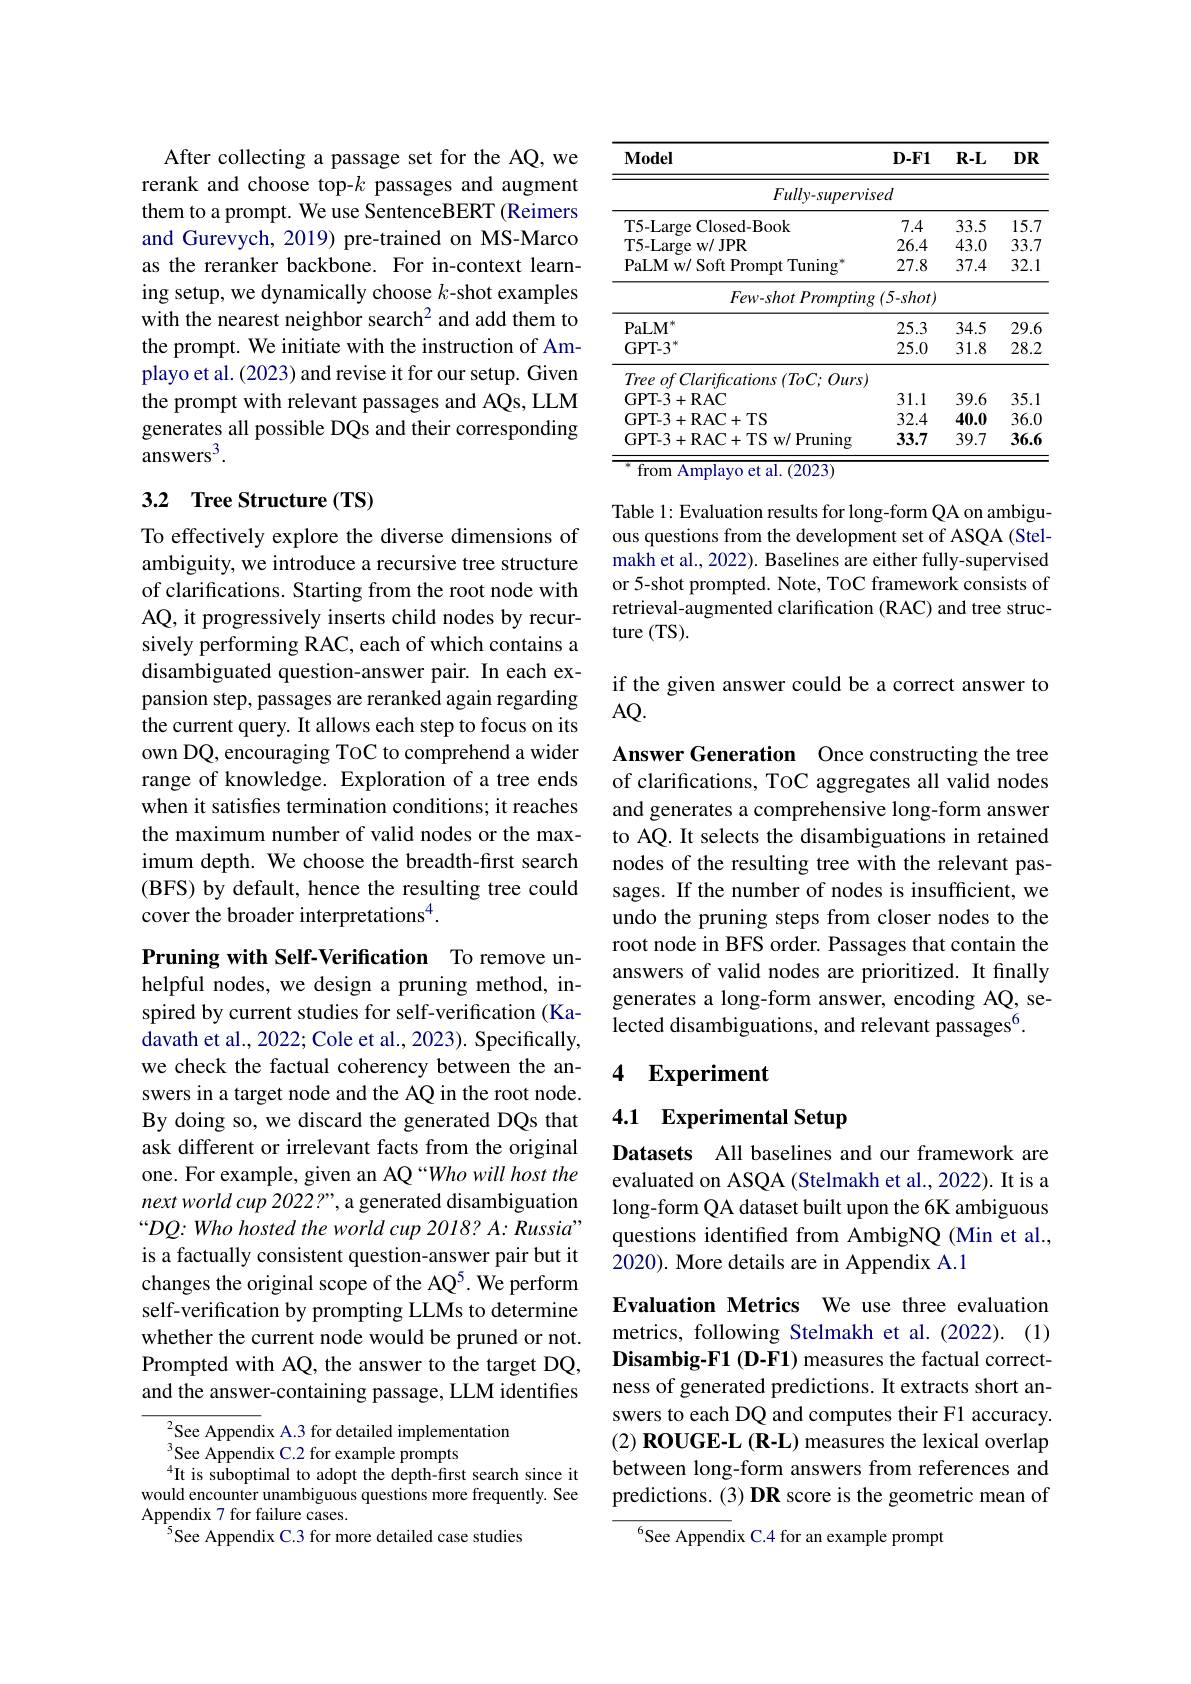
After collecting a passage set for the AQ, we rerank and choose top-$k$ passages and augment them to a prompt. We use SentenceBERT (Reimers and Gurevych, 2019) pre-trained on MS-Marco as the reranker backbone. For in-context learning setup, we dynamically choose $k$-shot examples with the nearest neighbor search$^2$ and add them to the prompt. We initiate with the instruction of Amplayo et al. (2023) and revise it for our setup. Given the prompt with relevant passages and AQs, LLM generates all possible DQs and their corresponding $\mathrm{answers}^{3}.$

### 3.2 Tree Structure(TS)

To effectively explore the diverse dimensions of ambiguity, we introduce a recursive tree structure of clarifications. Starting from the root node with AQ, it progressively inserts child nodes by recursively performing RAC, each of which contains a disambiguated question-answer pair. In each expansion step, passages are reranked again regarding the current query. It allows each step to focus on its own DQ, encouraging ToC to comprehend a wider range of knowledge. Exploration of a tree ends when it satisfies termination conditions; it reaches the maximum number of valid nodes or the maximum depth. We choose the breadth-first search (BFS) by default, hence the resulting tree could cover the broader interpretations$^{4}.$

Pruning with Self-Verification To remove unhelpful nodes, we design a pruning method, inspired by current studies for self-verification (Kadavath et al., 2022; Cole et al., 2023). Specifically, we check the factual coherency between the answers in a target node and the AQ in the root node. By doing so, we discard the generated DQs that ask different or irrelevant facts from the original one. For example, given an AQ “Who will host the next world cup 2022?", a generated disambiguation “DQ: Who hosted the world cup 2018? A: Russia" is a factually consistent question-answer pair but it changes the original scope of the AQ5. We perform self-verification by prompting LLMs to determine whether the current node would be pruned or not. Prompted with AQ, the answer to the target DQ, and the answer-containing passage, LLM identifies

$^{2}$See Appendix A.3 for detailed implementation
$^{3}$See Appendix C.2 for example prompts
$^{4}$It is suboptimal to adopt the depth-first search since it would encounter unambiguous questions more frequently. See Appendix 7 for failure cases.
See Appendix C.3 for more detailed case studies

<table>
	<tbody>
		<tr>
			<th>$\mathbf{Model}$</th>
			<th>$D-F1$</th>
			<th>$R-L$</th>
			<th>$DR$</th>
		</tr>
		<tr>
			<td>$Fully-supervi$</td>
			<td>sed</td>
			<td> </td>
			<td> </td>
		</tr>
		<tr>
			<td>T5-Large {:}Closed-Book</td>
			<td>7.4</td>
			<td>33.5</td>
			<td>15.7</td>
		</tr>
		<tr>
			<td>T5-Large w/JPR</td>
			<td>26.4</td>
			<td>43.0</td>
			<td>33.7</td>
		</tr>
		<tr>
			<td>PaLM w/ Soft Prompt Tuning</td>
			<td>27.8</td>
			<td>37.4</td>
			<td>32.1</td>
		</tr>
		<tr>
			<td>$Few- shot$ Prompting</td>
			<td>$g\left(5-shot\right)$</td>
			<td> </td>
			<td> </td>
		</tr>
		<tr>
			<td>$\mathbf{PaLM}^{*}$</td>
			<td>25.3</td>
			<td>34.5</td>
			<td>29.6</td>
		</tr>
		<tr>
			<td>$\mathrm{GPT-3}^{*}$</td>
			<td>25.0</td>
			<td>31.8</td>
			<td>28.2</td>
		</tr>
		<tr>
			<td>Tree of Clarifications $(ToC;Ours)$</td>
			<td> </td>
			<td> </td>
			<td> </td>
		</tr>
		<tr>
			<td>GPT- 3+ RAC</td>
			<td>31.1</td>
			<td>39.6</td>
			<td>35.1</td>
		</tr>
		<tr>
			<td>GPT- 3+ RAC+ TS</td>
			<td>32.4</td>
			<td>40.0</td>
			<td>36.0</td>
		</tr>
		<tr>
			<td>GPT-3+RAC+TS w/ Pruning</td>
			<td>33.7</td>
			<td>39.7</td>
			<td>36.6</td>
		</tr>
	</tbody>
</table>

Table 1: Evaluation results for long-form QA on ambiguous questions from the development set of ASQA (Stelmakh et al., 2022). Baselines are either fully-supervised or 5-shot prompted. Note, TOC framework consists of retrieval-augmented clarification (RAC) and tree structure (TS).

if the given answer could be a correct answer to
AQ.

Answer Generation Once constructing the tree of clarifications, TOC aggregates all valid nodes and generates a comprehensive long-form answer to AQ. It selects the disambiguations in retained nodes of the resulting tree with the relevant passages. If the number of nodes is insufficient, we undo the pruning steps from closer nodes to the root node in BFS order. Passages that contain the answers of valid nodes are prioritized. It finally generates a long-form answer, encoding AQ, selected disambiguations, and relevant passages$^6.$

### 4 Experiment

# 4.1 Experimental Setup

Datasets All baselines and our framework are evaluated on ASQA (Stelmakh et al., 2022). It is a long-form QA dataset built upon the 6K ambiguous questions identified from AmbigNQ (Min et al., 2020). More details are in Appendix A.1

Evaluation Metrics We use three evaluation metrics, following Stelmakh et al.(2022).(1) Disambig-F1 (D-F1) measures the factual correctness of generated predictions. It extracts short answers to each DQ and computes their F1 accuracy. (2) ROUGE-L (R-L) measures the lexical overlap between long-form answers from references and predictions. (3) DR score is the geometric mean of

$^{6}$See Appendix C.4 for an example prompt